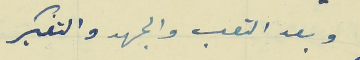
وبعد التعب والجهد والتفكير